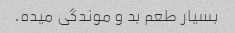
بسیار طعم بد و موندگی میده.